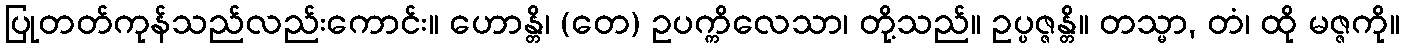
ပြုတတ်ကုန်သည်လည်းကောင်း။ ဟောန္တိ၊ (တေ) ဥပက္ကိလေသာ၊ တို့သည်။ ဥပ္ပဇ္ဇန္တိ။ တသ္မာ, တံ၊ ထို မဇ္ဇကို။